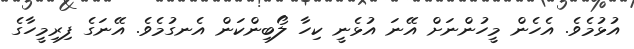
އުޅުމެވެ. އެހެން މީހުންނަށް އޭނަ އުޅެނީ ކިހާ ލޯބިންކަން އެނގުމެވެ. އޭނަގެ ފިރިމީހާގެ